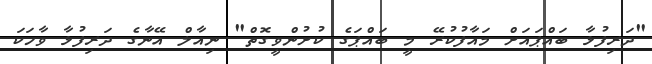
"ދަރިފުޅާ ބައްޕައަށް މައާފުކުރޭ މީ ބައްޕަގެ ކުށުންވީގޮތް" ނިއާލް އޭނާގެ ދަރިފުޅާ ވާހަކަ